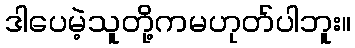
ဒါပေမဲ့သူတို့ကမဟုတ်ပါဘူး။